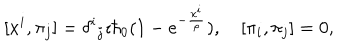
[ x ^ { i } , \pi _ { j } ] = \delta ^ { i } { } _ { j } \imath \hbar _ { 0 } ( 1 - e ^ { - \frac { x ^ { i } } { \rho } } ) , \quad [ \pi _ { i } , \pi _ { j } ] = 0 ,